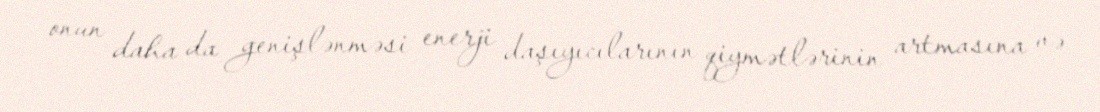
onun daha da genişlənməsi enerji daşıyıcılarının qiymətlərinin artmasına və